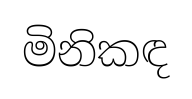
මිනිකඳ